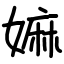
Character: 嫲